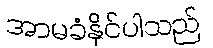
အာမခံနိုင်ပါသည်